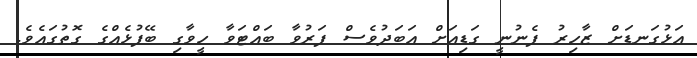
އަޅުގަނޑަށް ޒާހިރު ފެނުނީ ގަޑިއަށް އަބަދުވެސް ފަރުވާ ބައްޓަވާ ހީވާގި ބޭފުޅެއްގެ ގޮތުގައެވެ.